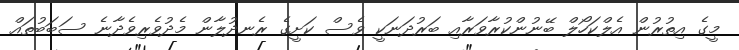
މީގެ އިތުރުން އެލްކަހޯލް ބޭނުންކުރާވަރާއި ބަރުދަނަކީ ވެސް ކަށީގެ ރެނދުލާން މެދުވެރިވެދާނެ ސަބަބުތައް